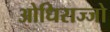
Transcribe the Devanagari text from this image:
ओधिराज्जो